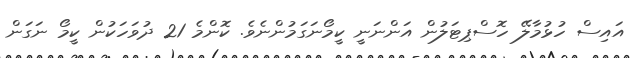
އައިސް ހުޅުމާލޭ ހޮސްޕިޓަލުން އަންނަނީ ކީމޯނަގަމުންނެވެ. ކޮންމެ 21 ދުވަހަކުން ކީމޯ ނަގަން